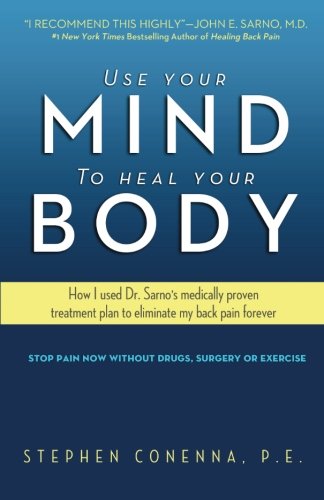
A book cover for Use Your Mind to Heal Your Body: How I used Dr. Sarno's medically proven treatment plan to eliminate my back pain forever; Stephen Conenna PE; Medical Books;